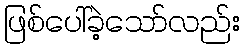
ဖြစ်ပေါ်ခဲ့သော်လည်း